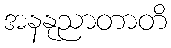
အနနုညာတာတိ